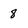
Character: 8